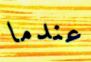
عندما